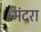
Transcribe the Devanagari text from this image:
मंदरा